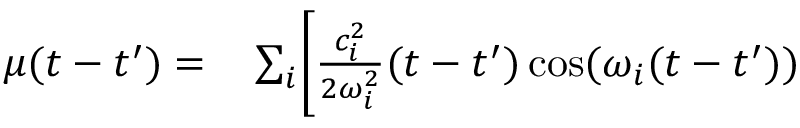
\begin{array} { r l } { \mu ( t - t ^ { \prime } ) = } & { { } \sum _ { i } \Biggl [ \frac { c _ { i } ^ { 2 } } { 2 \omega _ { i } ^ { 2 } } ( t - t ^ { \prime } ) \cos ( \omega _ { i } ( t - t ^ { \prime } ) ) } \end{array}